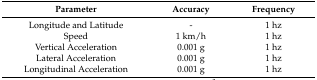
<table><thead><tr><td><b>Parameter</b></td><td><b>Accuracy</b></td><td><b>Frequency</b></td></tr></thead><tbody><tr><td>Longitude and Latitude</td><td>-</td><td>1 hz</td></tr><tr><td>Speed</td><td>1 km/h</td><td>1 hz</td></tr><tr><td>Vertical Acceleration</td><td>0.001 g</td><td>1 hz</td></tr><tr><td>Lateral Acceleration</td><td>0.001 g</td><td>1 hz</td></tr><tr><td>Longitudinal Acceleration</td><td>0.001 g</td><td>1 hz</td></tr></tbody></table>